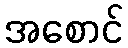
အစောင်